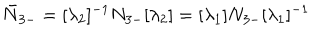
LaTeX: \bar { N } _ { 3 - } = [ \lambda _ { 2 } ] ^ { - 1 } N _ { 3 - } [ \lambda _ { 2 } ] = [ \lambda _ { 1 } ] N _ { 3 - } [ \lambda _ { 1 } ] ^ { - 1 }